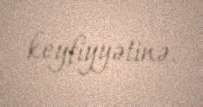
keyfiyyətinə.